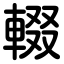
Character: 輟